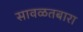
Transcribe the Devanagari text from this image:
सावळतबारा